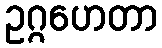
ဥဂ္ဂဟေတာ